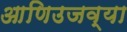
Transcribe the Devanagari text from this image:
आणिउजव्या